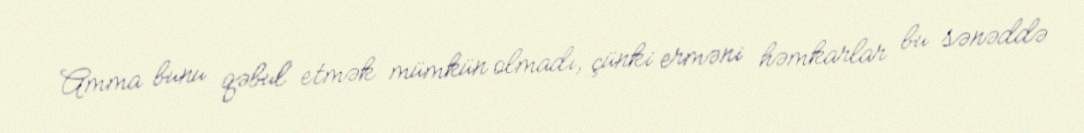
Amma bunu qəbul etmək mümkün olmadı, çünki erməni həmkarlar bu sənəddə